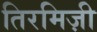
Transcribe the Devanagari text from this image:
तिरमिज़ी